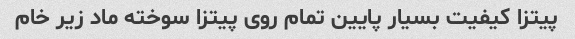
پیتزا کیفیت بسیار پایین تمام روی پیتزا سوخته ماد زیر خام